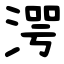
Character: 湂